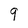
Character: 9